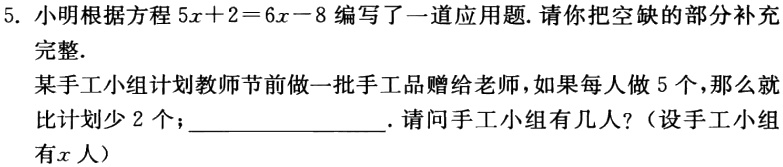
如果每人做6个，那么就比计划多8个